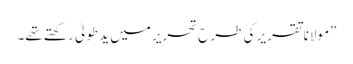
”مولانا تقریر کی طرح تحریر میں یدطولیٰ رکھتے تھے۔